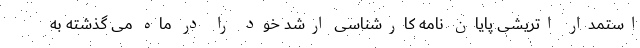
استمدار اتریشی پایان نامه کارشناسی ارشد خود را در ماه می گذشته به